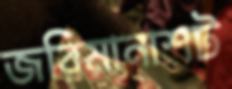
জরিমানাশট